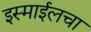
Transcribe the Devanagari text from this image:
इस्माईलचा